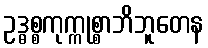
ဥဒ္ဓစ္စကုက္ကုစ္စာဘိဘူတေန